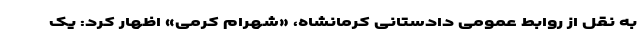
به نقل از روابط عمومی دادستانی کرمانشاه، «شهرام کرمی» اظهار کرد: یک